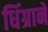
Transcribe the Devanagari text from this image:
धिंग्राने